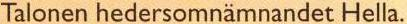
Talonen hedersomnämnandet Hella.